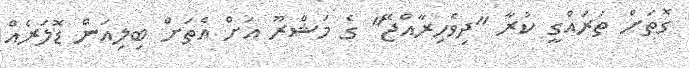
ގޮތަށް ތަރައްގީ ކުރާ "ދިވެހިރާއްޖޭ" ގެ މަޝްރޫ އަށް އެތަށް ބިލިއަން ޑޮލަރެއް